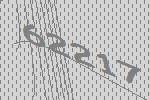
62217